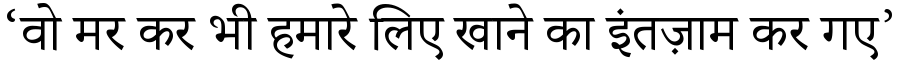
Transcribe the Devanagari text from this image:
‘वो मर कर भी हमारे लिए खाने का इंतज़ाम कर गए’